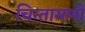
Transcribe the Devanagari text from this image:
चिन्तामणी